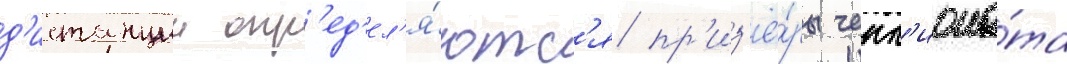
д'истанции опр'ед'ел'я́ютс'я пр'из'ё́ры чемп'иона́та